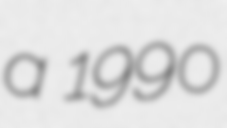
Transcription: a 1990